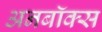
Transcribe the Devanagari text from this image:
अनबॉक्स